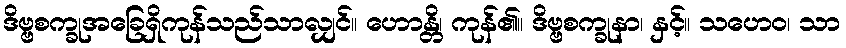
ဒိဗ္ဗစက္ခုအခြေရှိကုန်သည်သာလျှင်။ ဟောန္တိ၊ ကုန်၏။ ဒိဗ္ဗစက္ခုနာ၊ နှင့်။ သဟေဝ၊ သာ